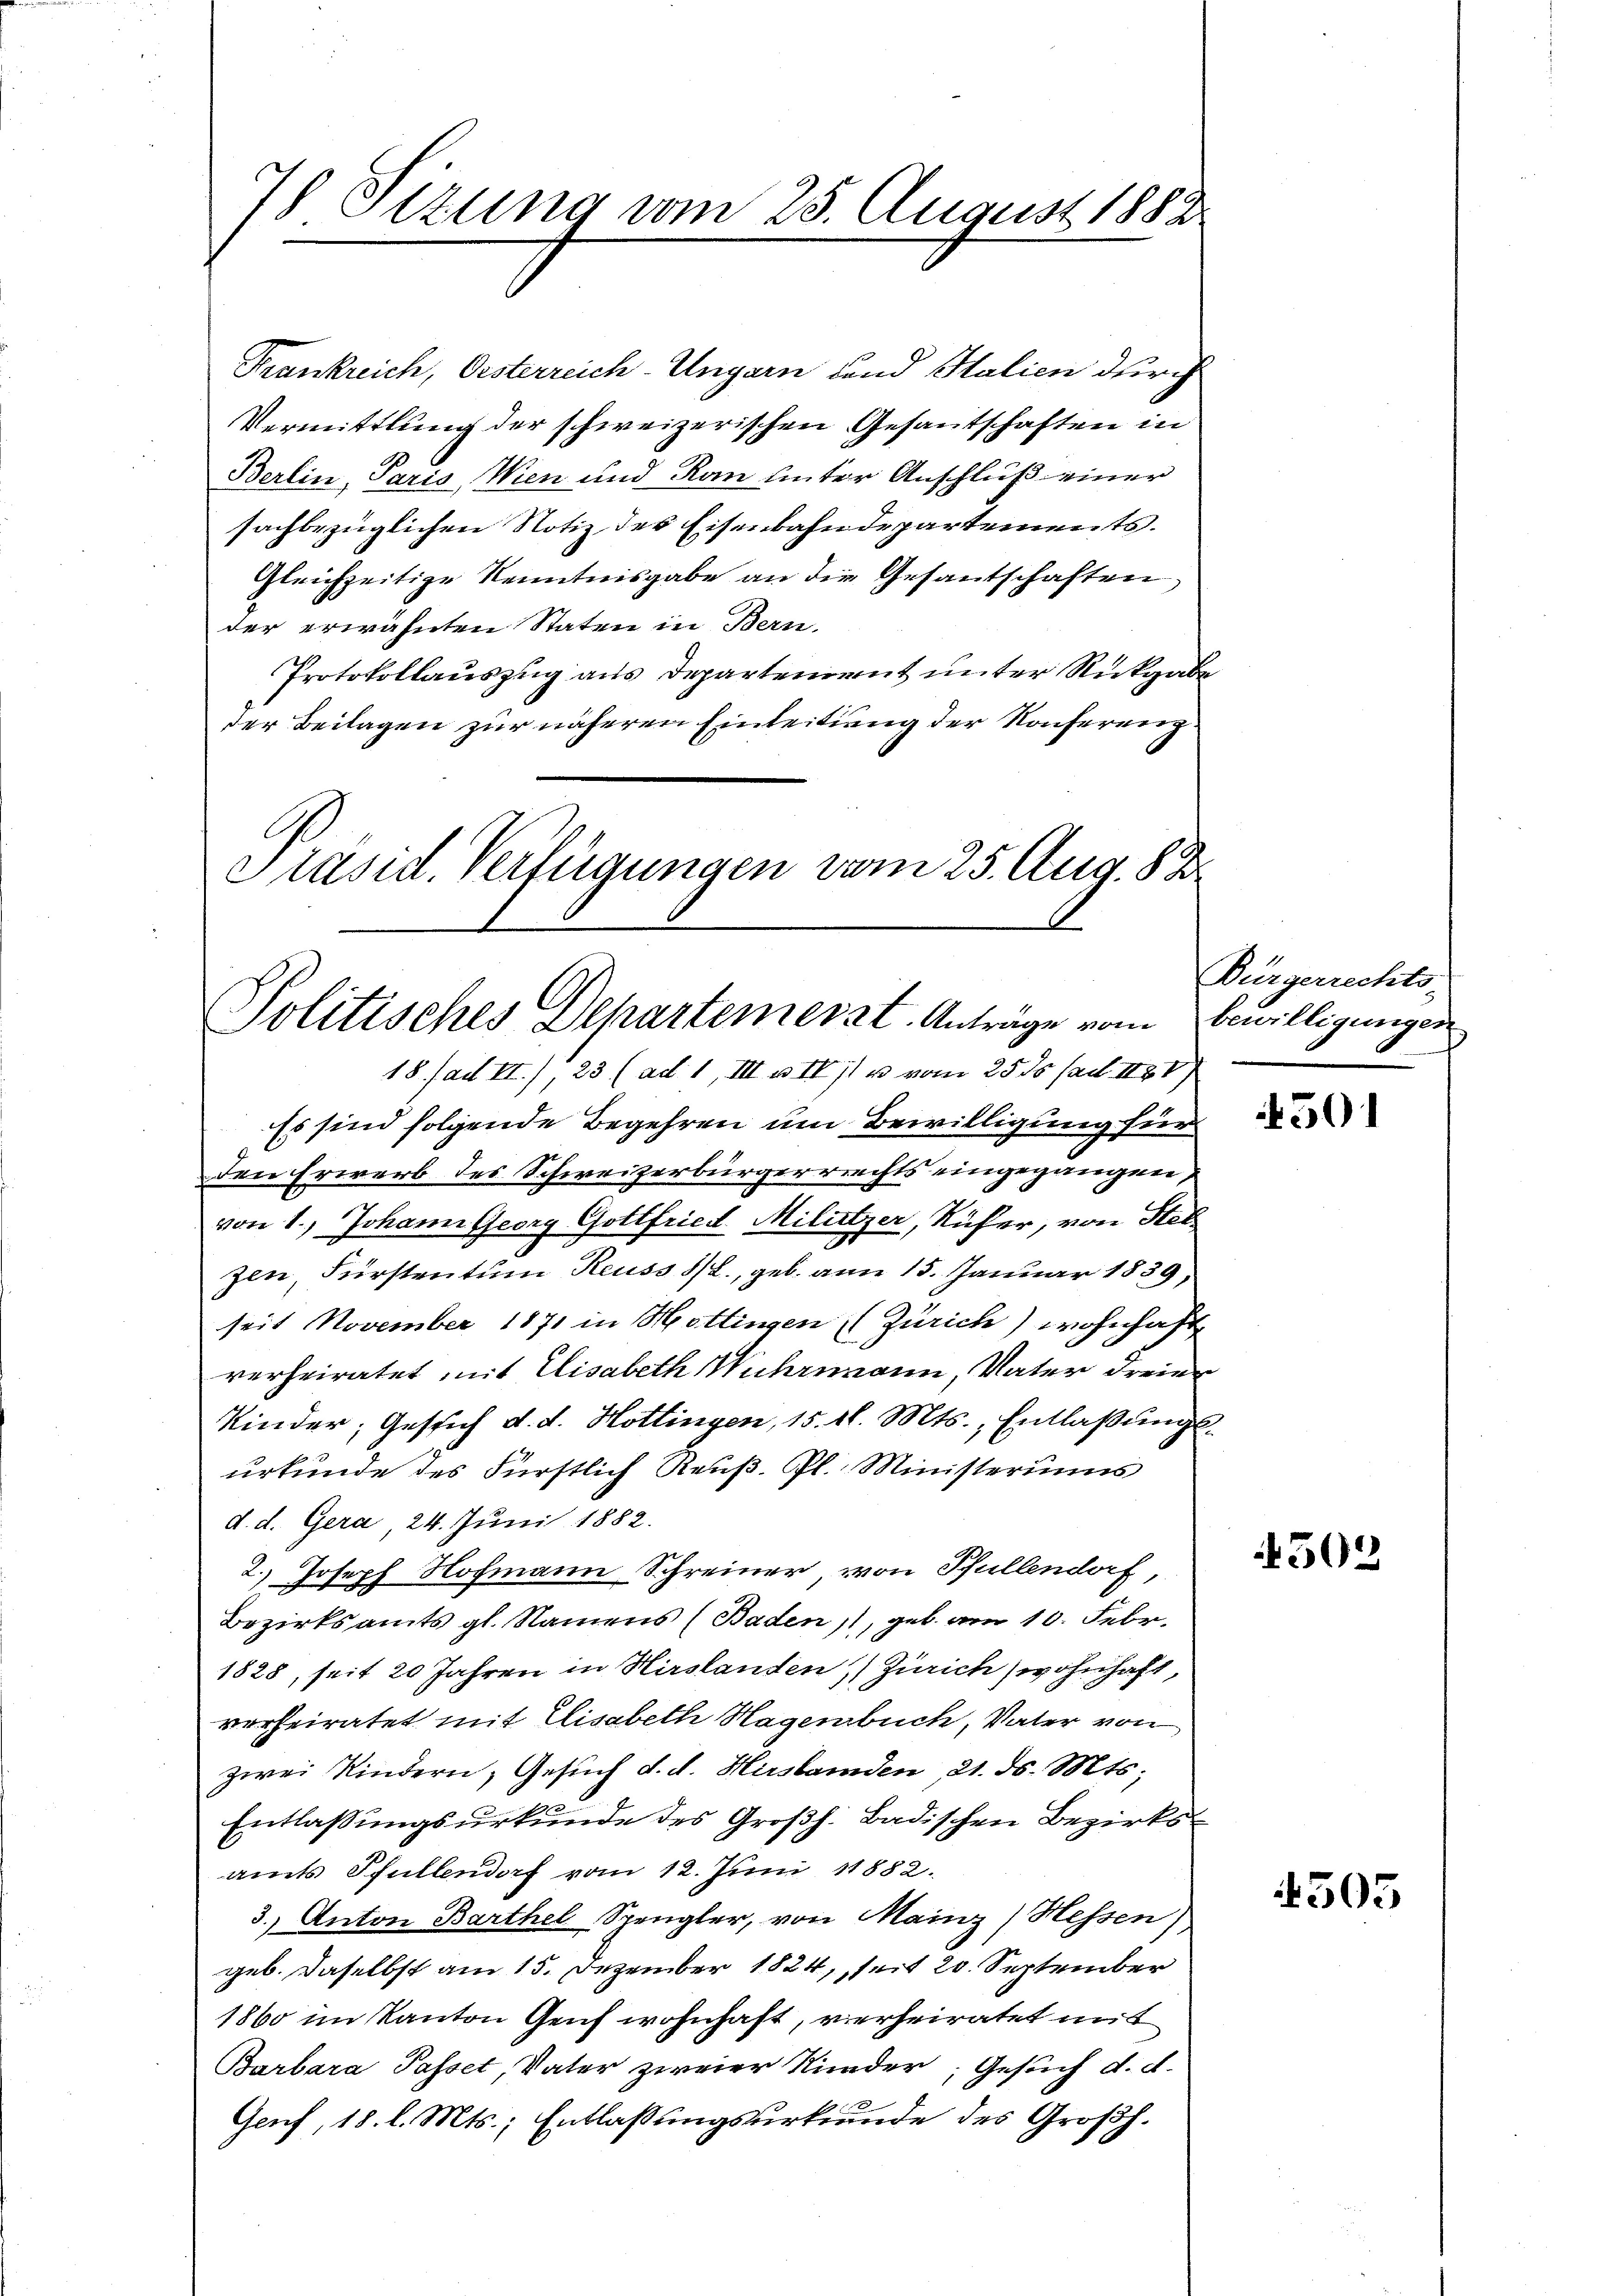
7 Sizung vom 25. August 1882.

Krankreich, Oesterreich-Ungarn und Italien durch
Vermittlung der schweizerischen Gesantschaften in
Berlin, Paris, Wien und Rau unter Anschluß einer
sachbezüglichen Notiz des Eisenbahndepartements.
Gleichzeitige Kenntnisgabe an die Gesantschaften,
der erwähnten Staten in Bern.
Protokollauszug aus Departement unter Rückgabe
der Beilagen zur näheren Einleitung der Konferenz.

Präsid. Verfügungen vom 25. Aug. 82
Politisches Departemerzt. Anträge vom bewilligungen

18. (ad II., 23 (ad 1, III u. II 11 u vom 2535 (all. II88)
Es sind folgende Begehren um Bewilligung für
den Erwerb des Schweizerbürgerrrechts eingegangen,
von 1., Johann Georg Gottfried. Militzer, Rüfer, von Stel
zen, Fürstentum Reuss 1/2., geb. am 15. Januar 1839,
seit November 1871 in Hottingen (Zürich) wohnhaft
verheiratet mit Elisabeth Wuhrmann, Vater dreier
Kinder, Gesich d. d. Hottingen, 15. 1l. Mts., Entlaßungsurkunde des Fürstlich Reuß. Pl. Ministerius
d. d. Gera, 24. Juni 1882.
2.) Joseph Hofmann Schreiner, von Pfullendorf,
Bezirksamts gl. Namens (Baden, geb. am 10. Febr.
1828, seit 20 Jahren in Hirslanden 1) Zürich wohnhaft,
verheiratet mit Elisabeth Hagenbuch, Vater von
zwei Kindern, Gesuch d. d. Herstanden 21. ds. Mts.
Entlaßungsurkunde des Großh. Badischen Bezirksamts Pfullendorf vom 12. Juni 1882.
3.) Anton Barthel Spengler, von Mainz Hessen)
geb. Daselbst am 15. Dezember 1824, seit 20. September
1860 im Kanton Genf wohnhaft, verheiratet mit
Barbara Passet, Vater zweier Kinder, Gesuch d. d.
Genf, 18. l. Mts., Entlaßungsurkunde des Großh.

Bürgerrechts-

4501

502

505